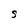
Character: S